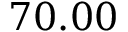
7 0 . 0 0